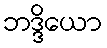
ဘဒ္ဒိယော